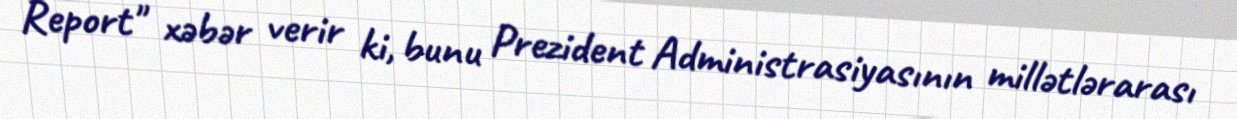
Report" xəbər verir ki, bunu Prezident Administrasiyasının millətlərarası